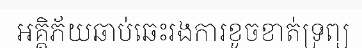
អគ្គិភ័យឆាប់ឆេះរងការខូចខាត់ទ្រព្យ